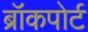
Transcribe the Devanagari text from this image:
ब्रॉकपोर्ट